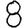
Digit: 8